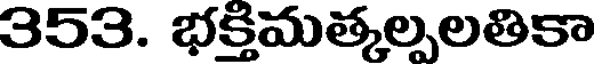
353. భక్తిమత్కల్పలతికా